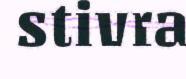
stivra